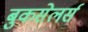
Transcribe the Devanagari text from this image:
बुकसेलर्स